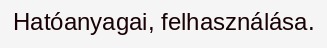
Hatóanyagai, felhasználása.